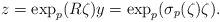
LaTeX: \begin{align*}z = \exp_p(R\zeta) y = \exp_p(\sigma_p(\zeta) \zeta).\end{align*}